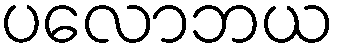
ပလောဘယ